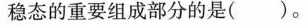
稳态的重要组成部分的是（ ）。